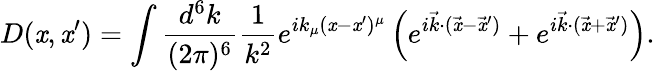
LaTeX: D(\mathit{x},\mathit{x}^{\prime})=\int{\frac{{d^{6}k}}{{(2\pi)^{6}}}}{\frac{{1}}{{k^{2}}}}e^{ik_{\mu}(\mathit{x}-\mathit{x}^{\prime})^{\mu}}\left(e^{i{\vec{{k}}}\cdot({\vec{{\mathit{x}}}}-{\vec{{\mathit{x}}}}^{\prime})}+e^{i{\vec{{k}}}\cdot({\vec{{\mathit{x}}}}+{\vec{{\mathit{x}}}}^{\prime})}\right).